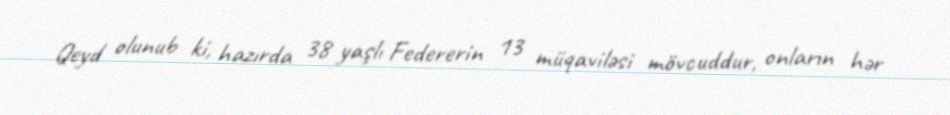
Qeyd olunub ki, hazırda 38 yaşlı Federerin 13 müqaviləsi mövcuddur, onların hər